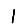
Digit: 1